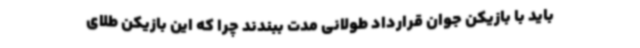
باید با بازیکن جوان قرارداد طولانی مدت ببندند چرا که این بازیکن طلای